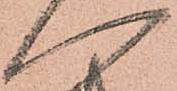
へ